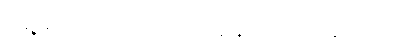
ရှေ့မှာက တာဟောင်း၊ မြေသားတာ ရှိတယ်။